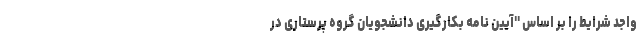
واجد شرایط را بر اساس "آیین نامه بکارگیری دانشجویان گروه پرستاری در